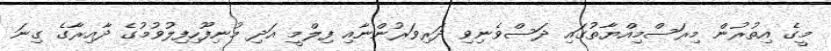
މީގެ އިތުރުން މިރަސްމިއްޔާތުގައި ދަސްވެނިވި ދަރިވަރުންނާއި ފިލްމީ އަދި މުނިފޫހިފިލުވުމުގެ ދާއިރާގެ ގިނަ